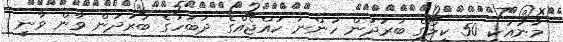
މާނައަކީ 50 ކިލޯގެ ބަރުދަން ހުންނަ ކުއްޖެއްގެ ދަބަހުގެ ބަރުދަން ވާން ވާނީ